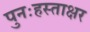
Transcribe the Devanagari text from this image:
पुनःहस्ताक्षर